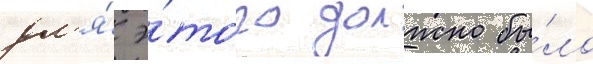
дл'я́ э́того должно бы́ло